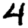
Digit: 4